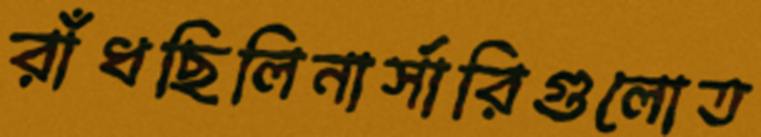
রাঁধছিলিনার্সারিগুলোত